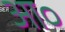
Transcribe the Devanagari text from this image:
आ०